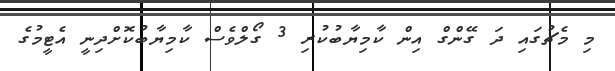
މި މެޗުގައި ދަ ގޭންގް އިން ކާމިޔާބުކުރި 3 ގޯލްވެސް ކާމިޔާބުކޮށްދިނީ އެޓީމުގެ